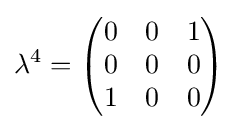
\lambda ^{4}={\begin{pmatrix}0&0&1\\0&0&0\\1&0&0\end{pmatrix}}